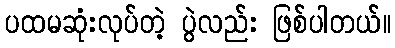
ပထမဆုံးလုပ်တဲ့ ပွဲလည်း ဖြစ်ပါတယ်။